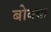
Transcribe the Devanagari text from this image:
बोक्‍या